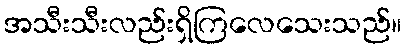
အသီးသီးလည်းရှိကြလေသေးသည်။